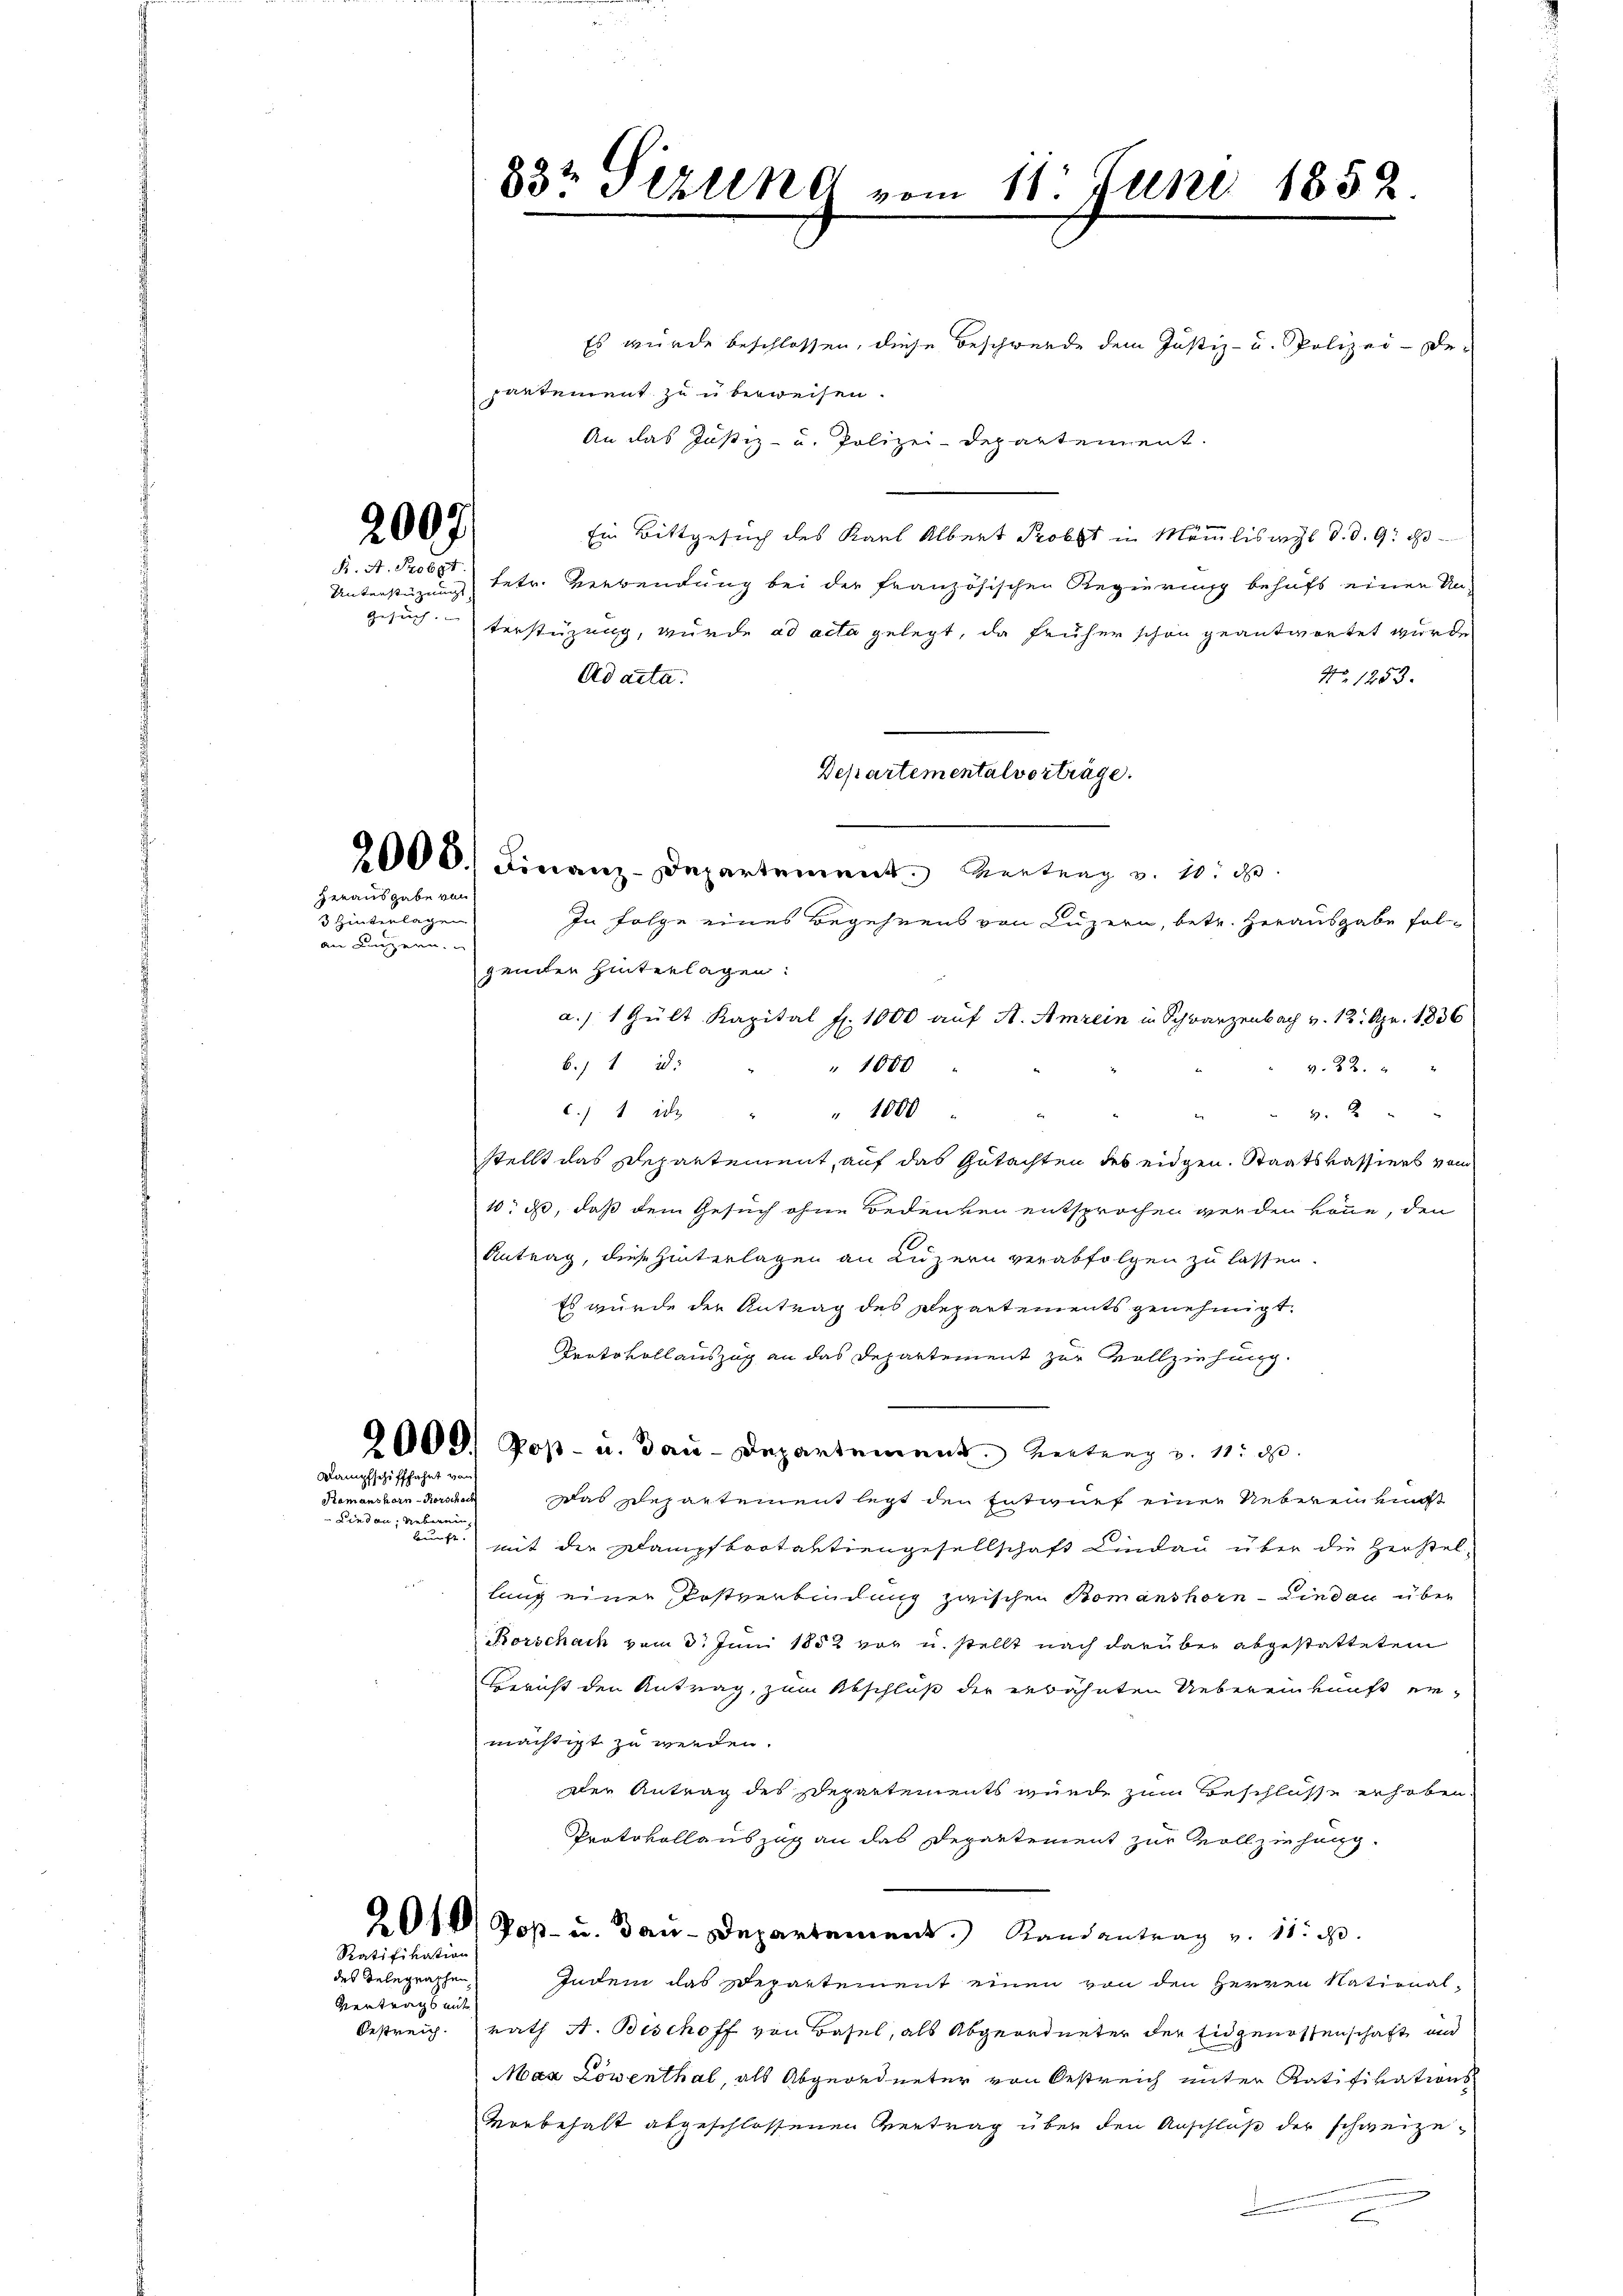
2007
g

Unterstüzung
Gesuch.

Herausgabe von

3 Hinterlagen
an Luzern.

Kampfschifffahrt von
Romanshorn-Rorschade
Lieden. Ueberen,

Es wurde beschlossen, diese Beschwerde dem Justiz- u. Polizei - De-
partement zu überweisen.
An das Justiz- u. Polizei-Departement.
Ein Bittgesuch des Karl Albert Probst in Mämmliswyl d. d. 9. d
tetr. Verwendung bei der französischen Regierung behufs einen Na-
terstüzung, wurde ad acta gelegt, da früher schon geantwortet wurde
Ad acta.
No. 1253.
Departemental vorträge.
In Folge eines Begehrens von Luzern, betr. Herausgabe folgenden hinterlagen:
a./ 1 Gült Kapital f. 1000 auf A. Amrein in Schwarzenbach v. 12. Apr. 1836
b. 1 :
" 1000
v. 22.
c. 1 id " " 1000
" 2 x 2 2
stellt das Departement, auf das Gutachten des eidgen. Staatskassiers vom
1 d, daß dem Gesuch ohne Bedenken entsprochen werden könne, den
Antrag, dies Hinterlagen an Luzern verabfolgen zu lassen.
Es wurde der Antrag des Departements genehmigt.
Protokollauszug an das Departement zur Vollziehung.
2000) Poß- u. Bau-Departement. Wertung u. 11. d.
Das Departement legt den Entwurf einer Uebereinkunft
buck mit die Dampfbrotantiengesellschaft Lindau über die Herstellung einer Postverbindung zwischen Bomanshorn-Lindau über
Rorschach vom 3. Juni 1852 vor u. stellt nach darüber abgestattetem
Bericht den Antrag, zum Abschluß der erwähnten Uebereinkunft ermächtigt zu werden.
Der Antrag des Departements wurde zum Beschlüsse erhoben
Protokollauszug an das Departement zur Vollziehung.
201) Poß- u. Bau-Departement. Randantrag v. 11. d.
Indem das Departement einen von den Herren National-
rath A. Beschoff von Basel, als Abgeordneter der Eidgenossenschaft und
Maz Löwenthal, als Abgeordneter von Oestreich unter Ratifivations
Vorbehalt abgeschlossenen Vertrag über den Anschluß der schweizee

Ratifikation

des Telegraphen
Vertrags mit
Oestreich.

832 Pizleno vom 11. Juni 1852.

2000. Finanz-Departement. Vertrag v. 10. d.